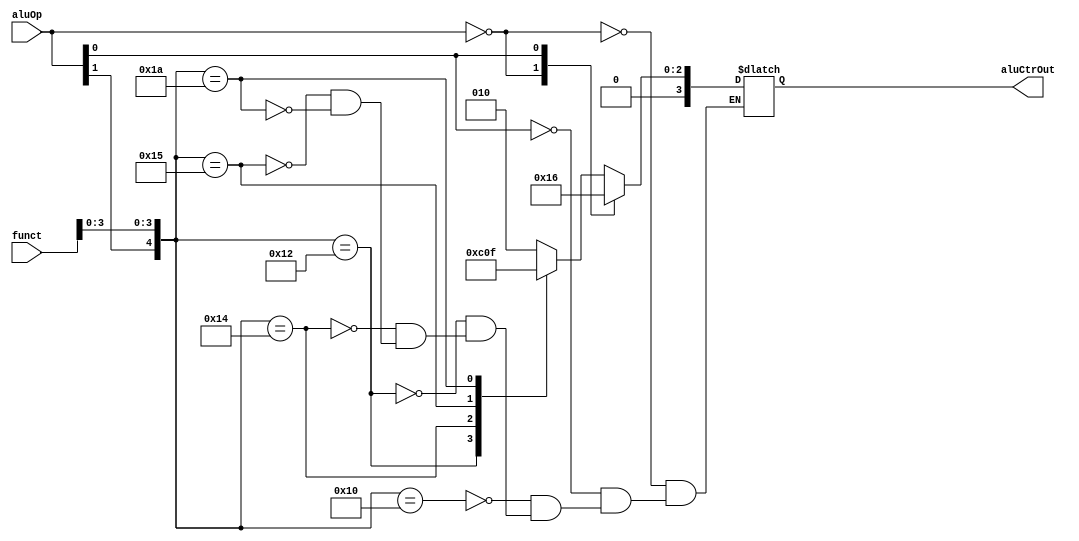
`timescale 1ns / 1ps
//////////////////////////////////////////////////////////////////////////////////
// Company: 
// Engineer: 
// 
// Design Name: 
// Module Name: Ctr
// Project Name: 
// Target Devices: 
// Tool Versions: 
// Description: 
// 
// Dependencies: 
// 
// Revision:
// Revision 0.01 - File Created
// Additional Comments:
// 
//////////////////////////////////////////////////////////////////////////////////

module AluCtr(
    input [1:0] aluOp,
    input [5:0] funct,
    output reg [3:0] aluCtrOut
);
    
    always @(aluOp or funct)
    begin
        casex ({aluOp, funct})
            8'b00xxxxxx: aluCtrOut = 4'b0010;
            8'bx1xxxxxx: aluCtrOut = 4'b0110;
            8'b1xxx0000: aluCtrOut = 4'b0010;
            8'b1xxx0010: aluCtrOut = 4'b0110;
            8'b1xxx0100: aluCtrOut = 4'b0000;
            8'b1xxx0101: aluCtrOut = 4'b0001;
            8'b1xxx1010: aluCtrOut = 4'b0111;
        endcase
    end
    

endmodule